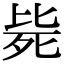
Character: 毙